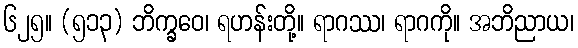
၆၂၅။ (၅၁၃) ဘိက္ခဝေ၊ ရဟန်းတို့။ ရာဂဿ၊ ရာဂကို။ အဘိညာယ၊